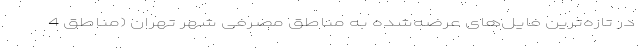
در تازه‌‌ترین فایل‌‌های عرضه‌شده به مناطق مصرفی شهر تهران (مناطق 4